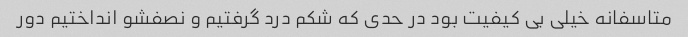
متاسفانه خیلی بی کیفیت بود در حدی که شکم درد گرفتیم و نصفشو انداختیم دور